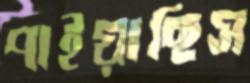
পাইয়াছিস